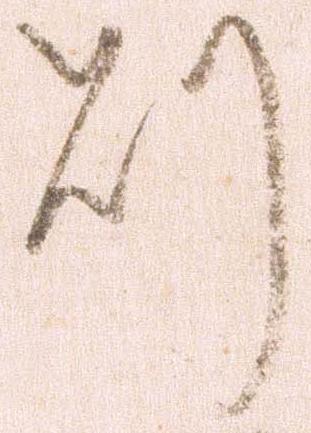
則